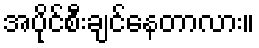
အပိုင်စီးချင်နေတာလား။